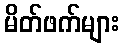
မိတ်ဖက်များ